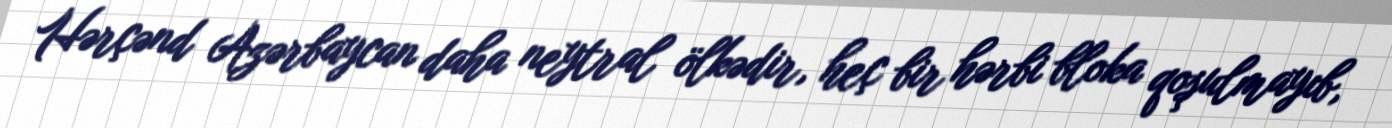
Hərçənd Azərbaycan daha neytral ölkədir, heç bir hərbi bloka qoşulmayıb,